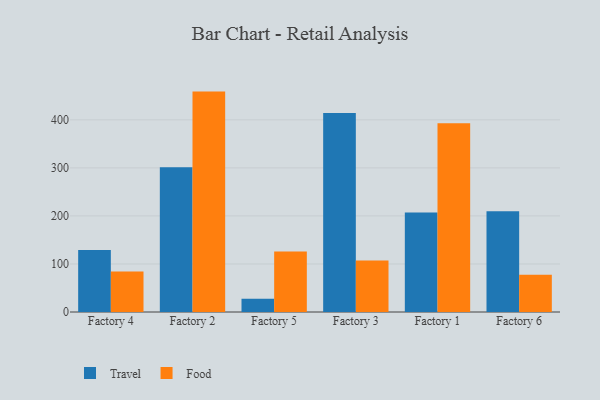
{"axis": {"x": "Factory", "y": "Backlog"}, "legend": ["Food", "Travel"], "data": [{"x": "Factory 4", "y": 129.0, "type": "Travel"}, {"x": "Factory 4", "y": 84.1, "type": "Food"}, {"x": "Factory 2", "y": 301.1, "type": "Travel"}, {"x": "Factory 2", "y": 458.8, "type": "Food"}, {"x": "Factory 5", "y": 27.4, "type": "Travel"}, {"x": "Factory 5", "y": 126.2, "type": "Food"}, {"x": "Factory 3", "y": 414.3, "type": "Travel"}, {"x": "Factory 3", "y": 107.3, "type": "Food"}, {"x": "Factory 1", "y": 207.1, "type": "Travel"}, {"x": "Factory 1", "y": 393.0, "type": "Food"}, {"x": "Factory 6", "y": 209.9, "type": "Travel"}, {"x": "Factory 6", "y": 77.3, "type": "Food"}]}